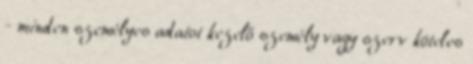
- minden személyes adatot kezelő személy vagy szerv köteles